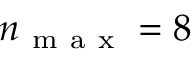
n _ { \mathrm { ~ m ~ a ~ x ~ } } = 8